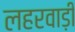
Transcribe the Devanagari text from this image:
लहरवाड़ी